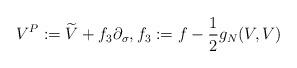
LaTeX: \begin{align*} V^P:=\widetilde{V}+f_3\partial_{\sigma}, f_3:=f-\frac{1}{2}g_{N}(V,V)\end{align*}